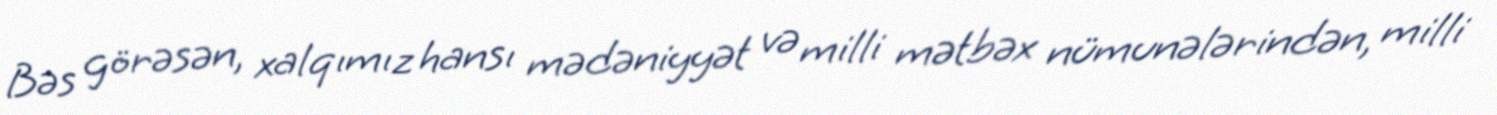
Bəs görəsən, xalqımız hansı mədəniyyət və milli mətbəx nümunələrindən, milli